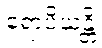
ရောပိယန္တိ